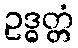
ဥဒ္ဓတ္တံ